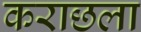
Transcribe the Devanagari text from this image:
कराछला